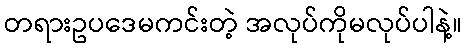
တရားဥပဒေမကင်းတဲ့ အလုပ်ကိုမလုပ်ပါနဲ့။